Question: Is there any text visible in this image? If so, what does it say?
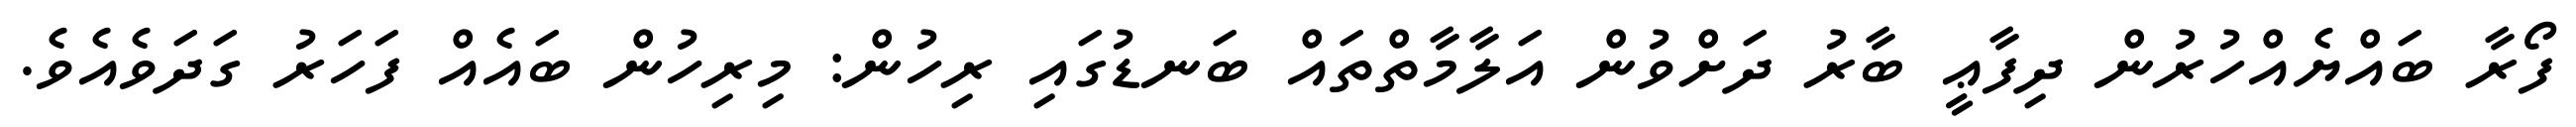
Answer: ފޯރާ ބައްޔެއްހުރުން ދިފާޢީ ބާރު ދަށްވުން އަލާމާތްތައް ބަނޑުގައި ރިހުން: މިރިހުން ބައެއް ފަހަރު ގަދަވެއެވެ.